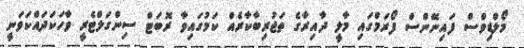
މޯލްޑިވްސް ފައިނޭންސް ފޯރަމްގައި މާލީ ދާއިރާގެ ތަޖުރިބާކާރެއް ކަމުގައިވާ ރޮބަޓް ސިންގަލްޓެރީ ވާހަކަދައްކަވަނީ